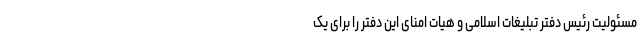
مسئولیت رئیس دفتر تبلیغات اسلامی و هیات امنای این دفتر را برای یک